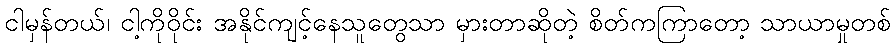
ငါမှန်တယ်၊ ငါ့ကိုဝိုင်း အနိုင်ကျင့်နေသူတွေသာ မှားတာဆိုတဲ့ စိတ်ကကြာတော့ သာယာမှုတစ်